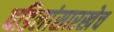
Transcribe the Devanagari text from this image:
वडिलांसारखेच